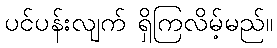
ပင်ပန်းလျက် ရှိကြလိမ့်မည်။